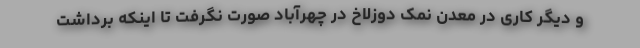
و دیگر کاری در معدن نمک دوزلاخ در چهرآباد صورت نگرفت تا اینکه برداشت